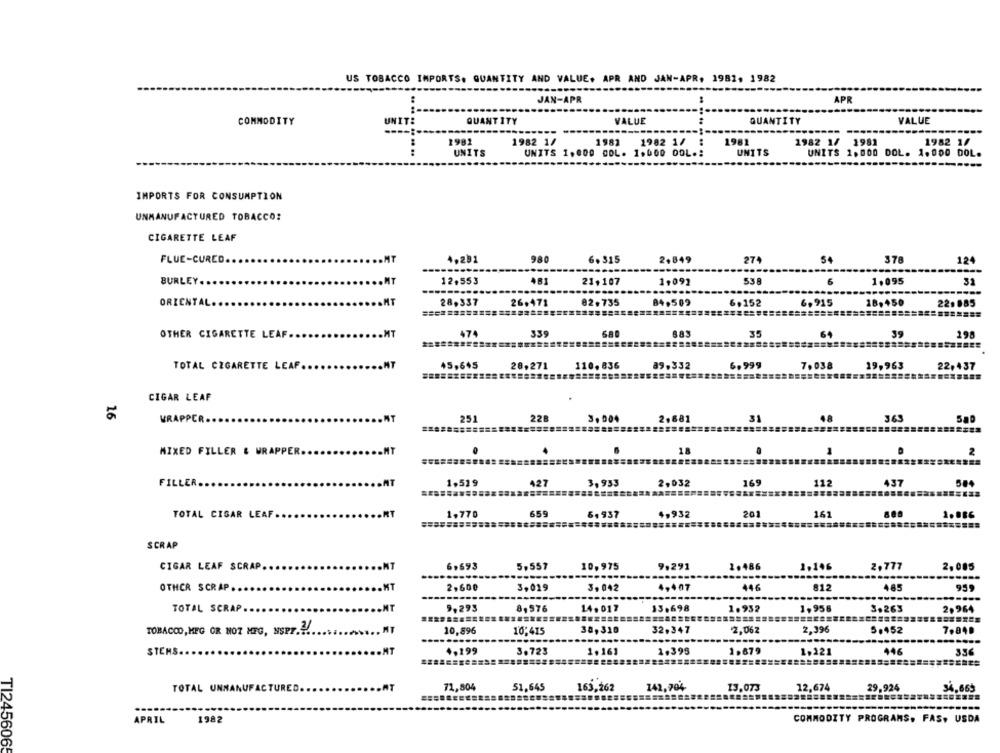
US TOBACCO IMPORTS. QUANTITY AND VALUE. APR AND JAN-APR, 1982, 1982
JAN-APR
APR
UNIT:
QUANTITY
VALUE
QUANTITY
VALUE
COMMODITY
1981
1982 1/
1982
1982 1/
1981
1982 1/ 1981
1982 1/
.....
UNITS
UNITS
UNITS 1.000 DOL. 1,000 OOL .:
UNITS 1.000 DOL. 1.000 DOL.
IMPORTS FOR CONSUMPTION
UNMANUFACTURED TOBACCO:
CIGARETTE LEAF
FLUE-CURED ..
4,231
980
6.515
2+849
274
54
378
124
BURLEY ..
12.553
21+107
1,092
538
6
1.095
31
ORIENTAL.
28.337
26.471
82.735
84,509
6,915
18,450
22,885
6,152
OTHER CIGARETTE LEAF.
474
339
883
64
39
198
TOTAL CIGARETTE LEAF.
45,645
28.271
110. 836
39.332
6.999
7,038
19,963
22,437
CIGAR LEAF
16
WRAPPER.
251
228
3.004
2,881
31
48
365
Sap
===========
MIXED FILLER & WRAPPER
18
2
FILLER.
1.519
427
3,933
2,032
169
112
437
......
659
201
161
1.086
TOTAL CISAR LEAF.
1.770
6,937
4,932
SCRAP
6,693
CIGAR LEAF SCRAP.
5,557
10.975
9.291
1.486
1.146
2,777
2,085
OTHER SCRAP.
MT
2,600
3,019
3, 042
4,407
446
812
485
959
TOTAL SCRAP .
9,293
8,576
14. 017
13.698
1.932
1,956
3.263
2.964
TOBACCO, MEG OR NOT MFG, NSPr .?!.
10,896
10,415
30, 310
32,347
2,062
2,396
5.452
7.848
STEMS.
4.199
3.723
1.161
1.395
1.679
1,22
446
356
142,704
29.924
TOTAL UNMANUFACTURED.
71,804
51,645
163,262
13.073
12,674
34.665
APRIL
1982
COMMODITY PROGRAMS. FAS, USDA
T1245606